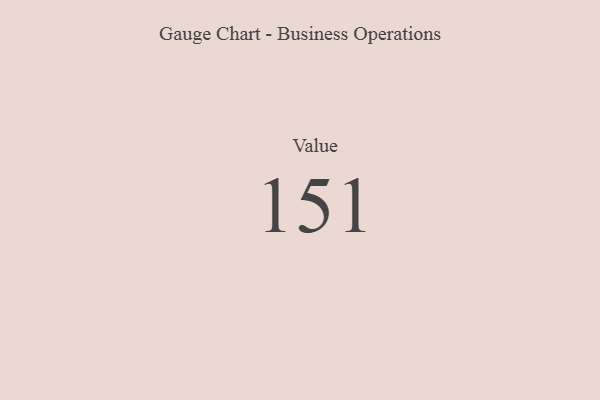
{"axis": {"x": "Metric", "y": "Value"}, "legend": [""], "data": [{"x": "Value", "y": 151, "type": ""}]}